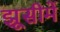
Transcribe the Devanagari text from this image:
झूसीमें